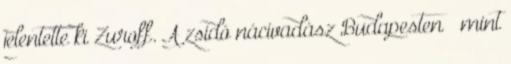
jelentette ki Zuroff. A zsidó nácivadász Budapesten – mint